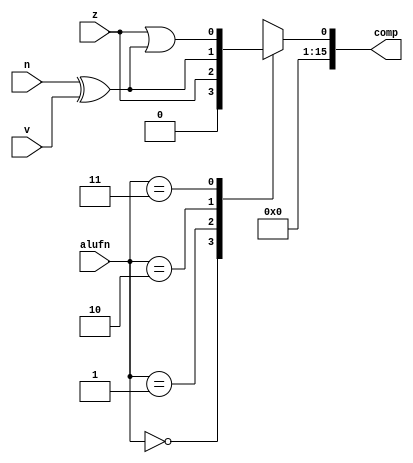
module compare_7 (
    input z,
    input v,
    input n,
    input [1:0] alufn,
    output reg [15:0] comp
  );
  
  
  
  always @* begin
    comp = 16'h0000;
    
    case (alufn)
      2'h0: begin
        comp[0+0-:1] = 1'h0;
      end
      2'h1: begin
        comp[0+0-:1] = z;
      end
      2'h2: begin
        comp[0+0-:1] = n ^ v;
      end
      2'h3: begin
        comp[0+0-:1] = z | (n ^ v);
      end
      default: begin
        comp[0+0-:1] = 1'h0;
      end
    endcase
  end
endmodule